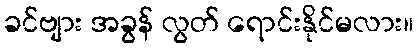
ခင်ဗျား အခွန် လွတ် ရောင်းနိုင်မလား။